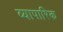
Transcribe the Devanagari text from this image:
व्‍यापारिक